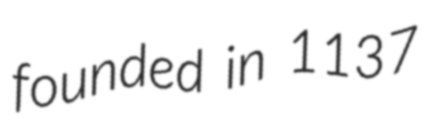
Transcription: founded in 1137